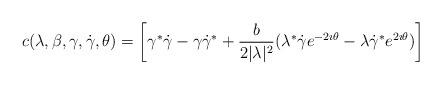
LaTeX: \begin{align*}c(\lambda,\beta,\gamma,\dot\gamma,\theta) =\left[\gamma^* \dot\gamma - \gamma \dot\gamma^*+\frac{b}{2|\lambda|^2} (\lambda^* \dot\gamma e^{-2\imath\theta}- \lambda \dot\gamma^* e^{2\imath \theta})\right]\end{align*}